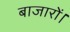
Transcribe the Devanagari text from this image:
बाजारों।